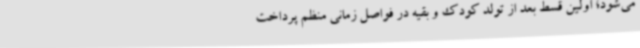
می‌شود؛ اولین قسط بعد از تولد کودک و بقیه در فواصل زمانی منظم پرداخت